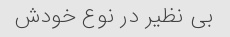
بی نظیر در نوع خودش